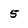
Character: 5